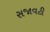
સજાવટી